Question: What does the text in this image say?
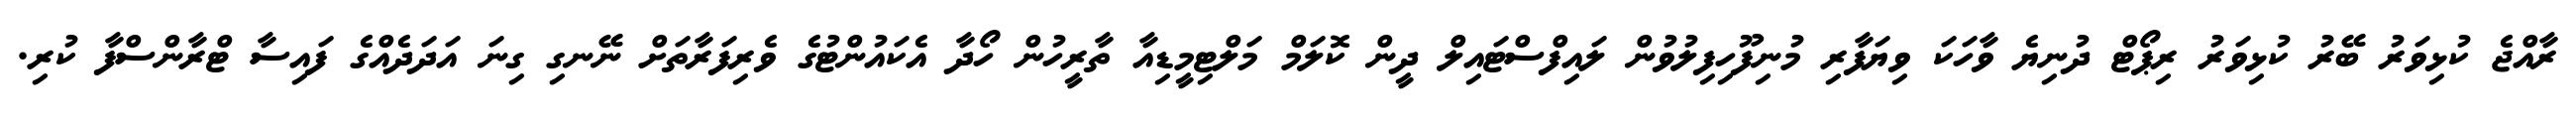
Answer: ރާއްޖެ ކުޅިވަރު ބޭރު ކުޅިވަރު ރިޕޯޓް ދުނިޔެ ވާހަކަ ވިޔަފާރި މުނިފޫހިފިލުވުން ލައިފްސްޓައިލް ދީން ކޮލަމް މަލްޓިމީޑިއާ ތާރީހުން ހޯދާ އެކައުންޓުގެ ވެރިފަރާތަށް ނޭނގި ގިނަ އަދަދެއްގެ ފައިސާ ޓްރާންސްފާ ކުރި.